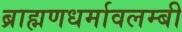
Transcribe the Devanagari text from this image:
ब्राह्मणधर्मावलम्बी